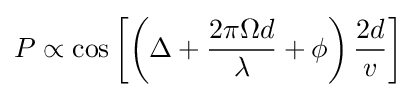
P\propto \cos \left[\left(\Delta +{\frac {2\pi \Omega d}{\lambda }}+\phi \right){\frac {2d}{v}}\right]